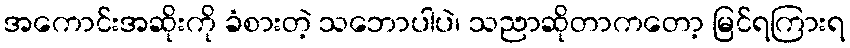
အကောင်းအဆိုးကို ခံစားတဲ့ သဘောပါပဲ၊ သညာဆိုတာကတော့ မြင်ရကြားရ